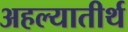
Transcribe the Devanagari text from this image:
अहल्यातीर्थ